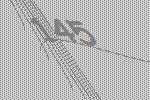
145